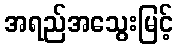
အရည်အသွေးမြင့်